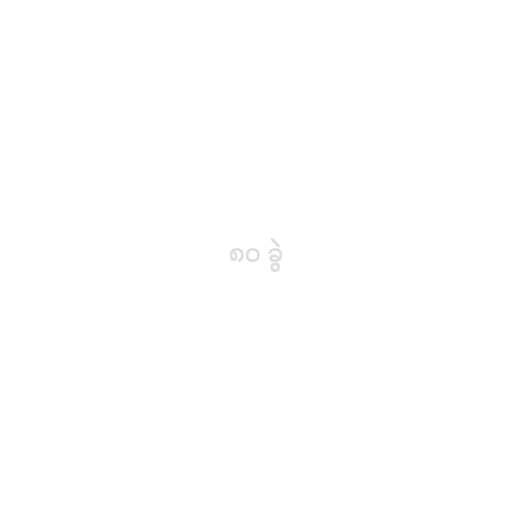
၈၀ ခွဲ